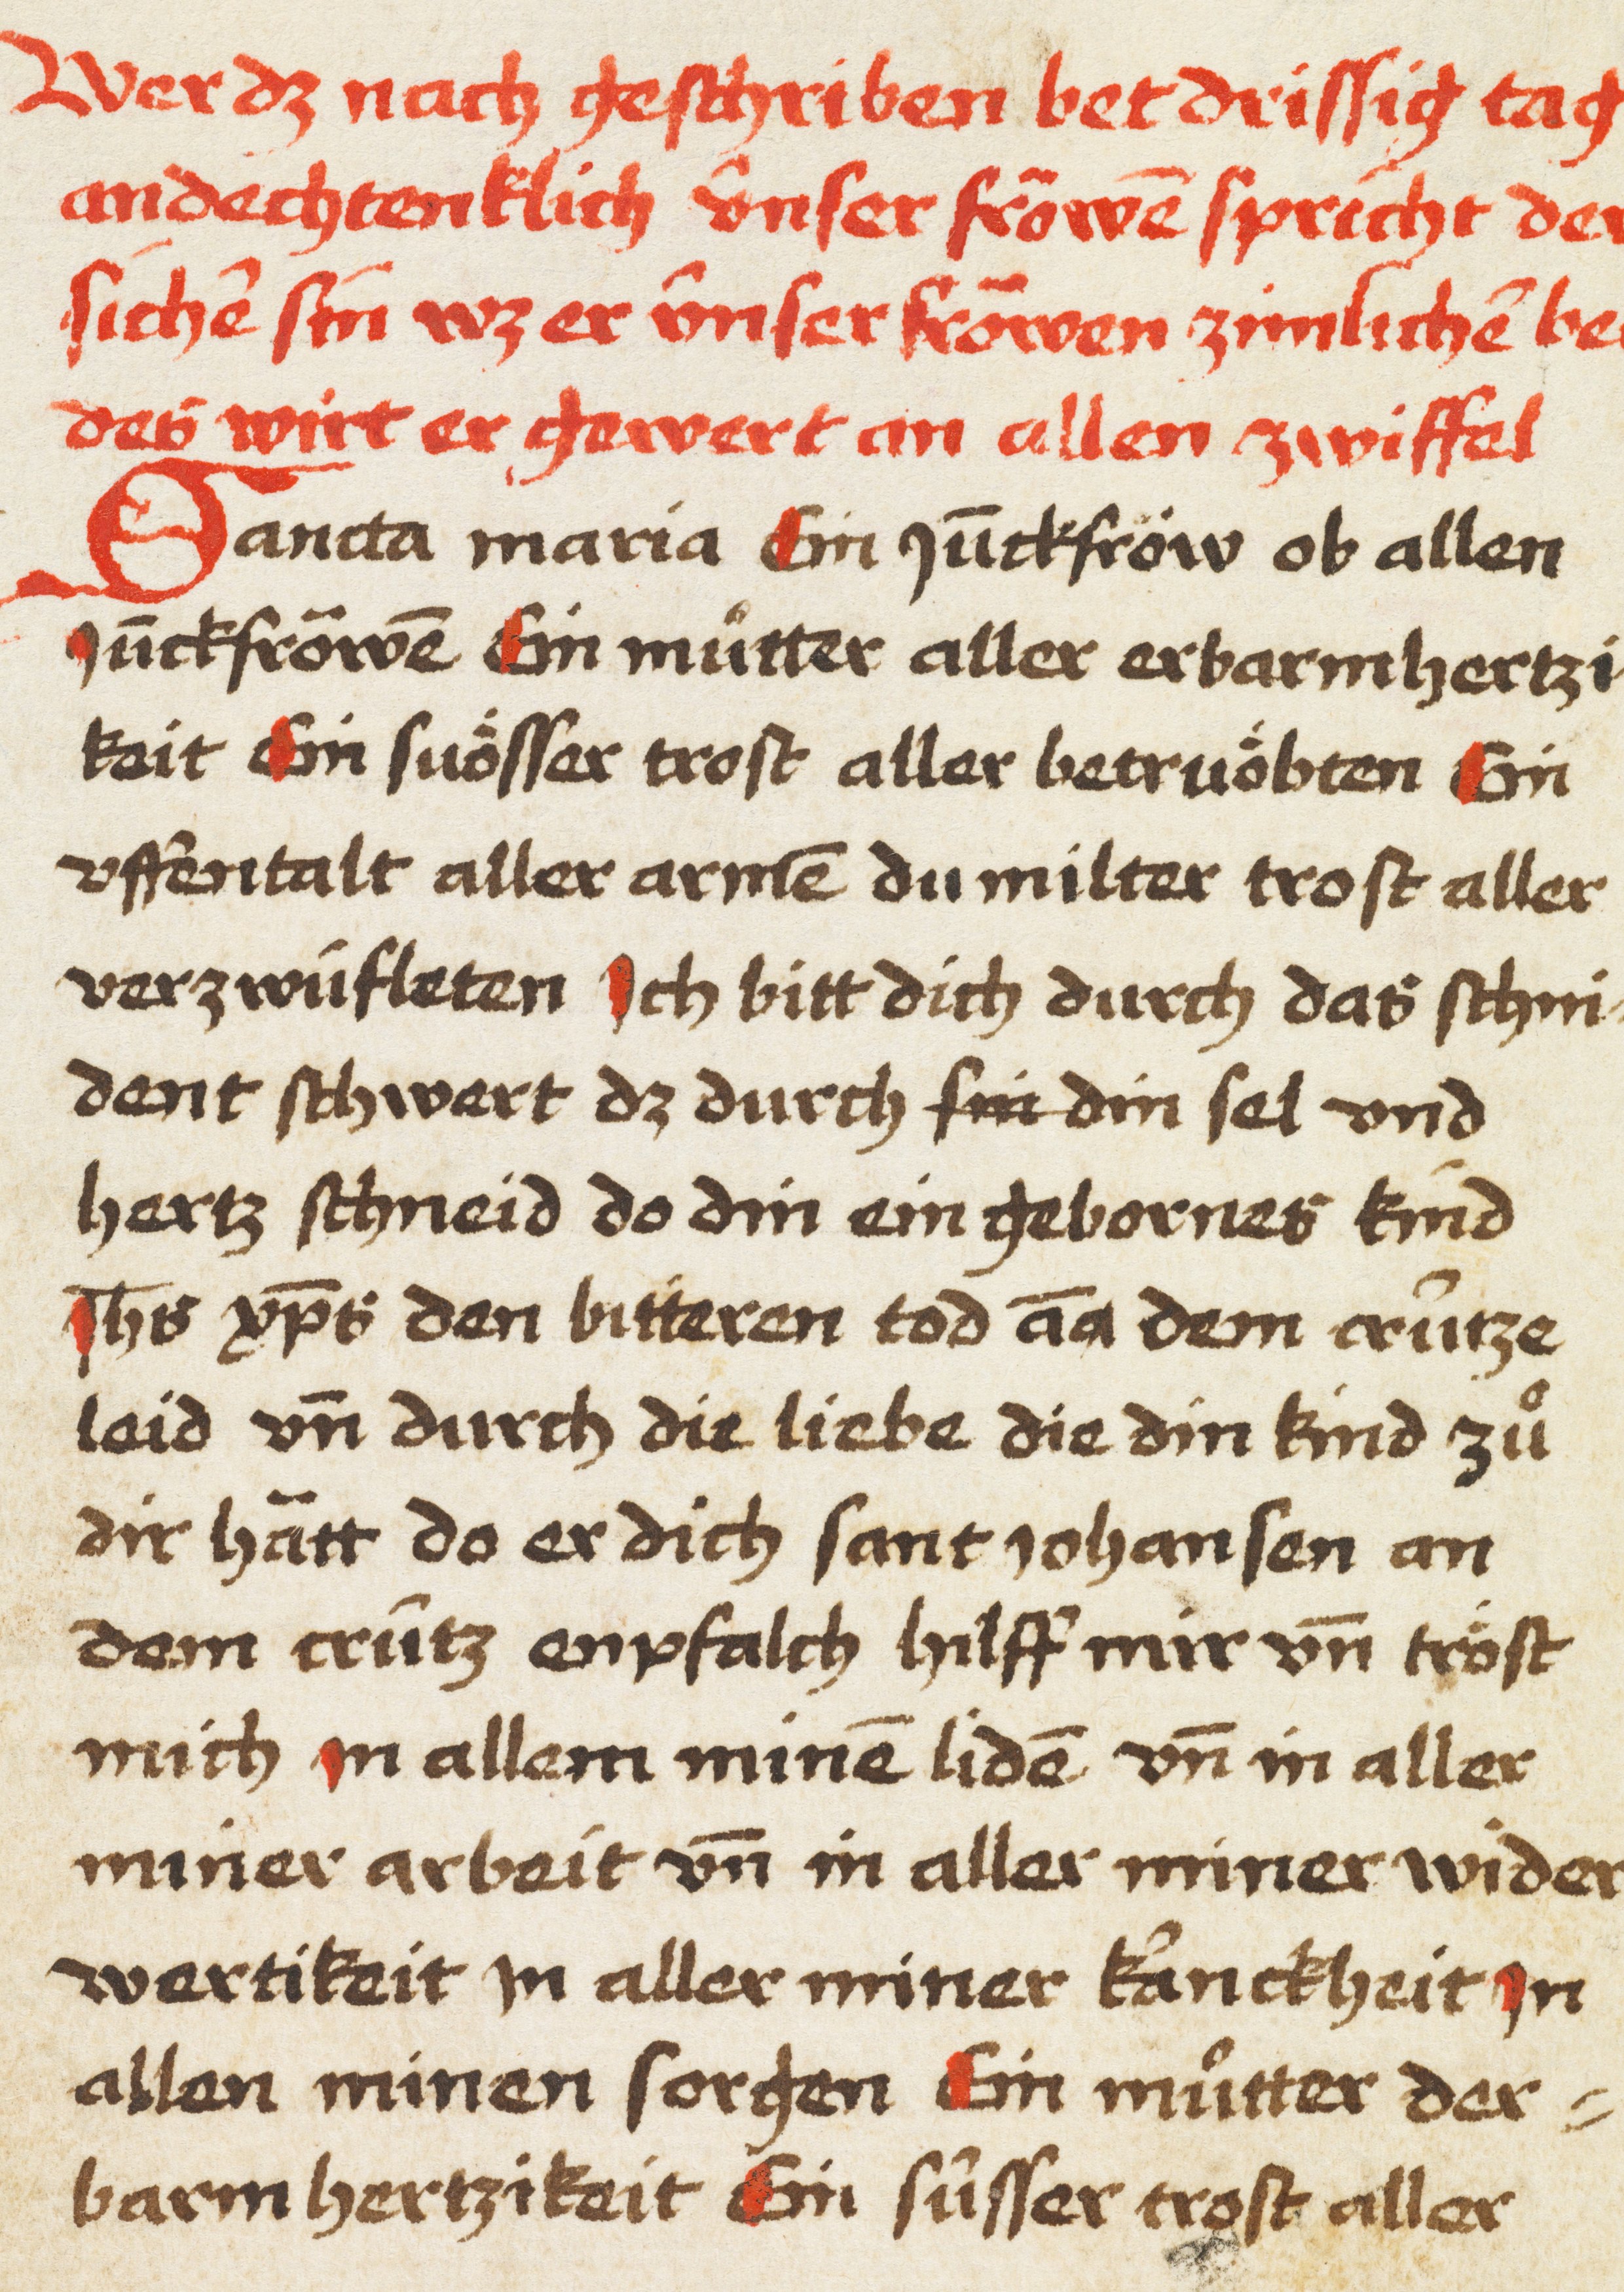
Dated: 1450–1499